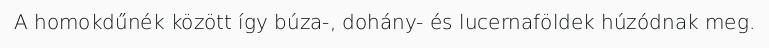
A homokdűnék között így búza-, dohány- és lucernaföldek húzódnak meg.